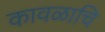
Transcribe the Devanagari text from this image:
कावळाचि